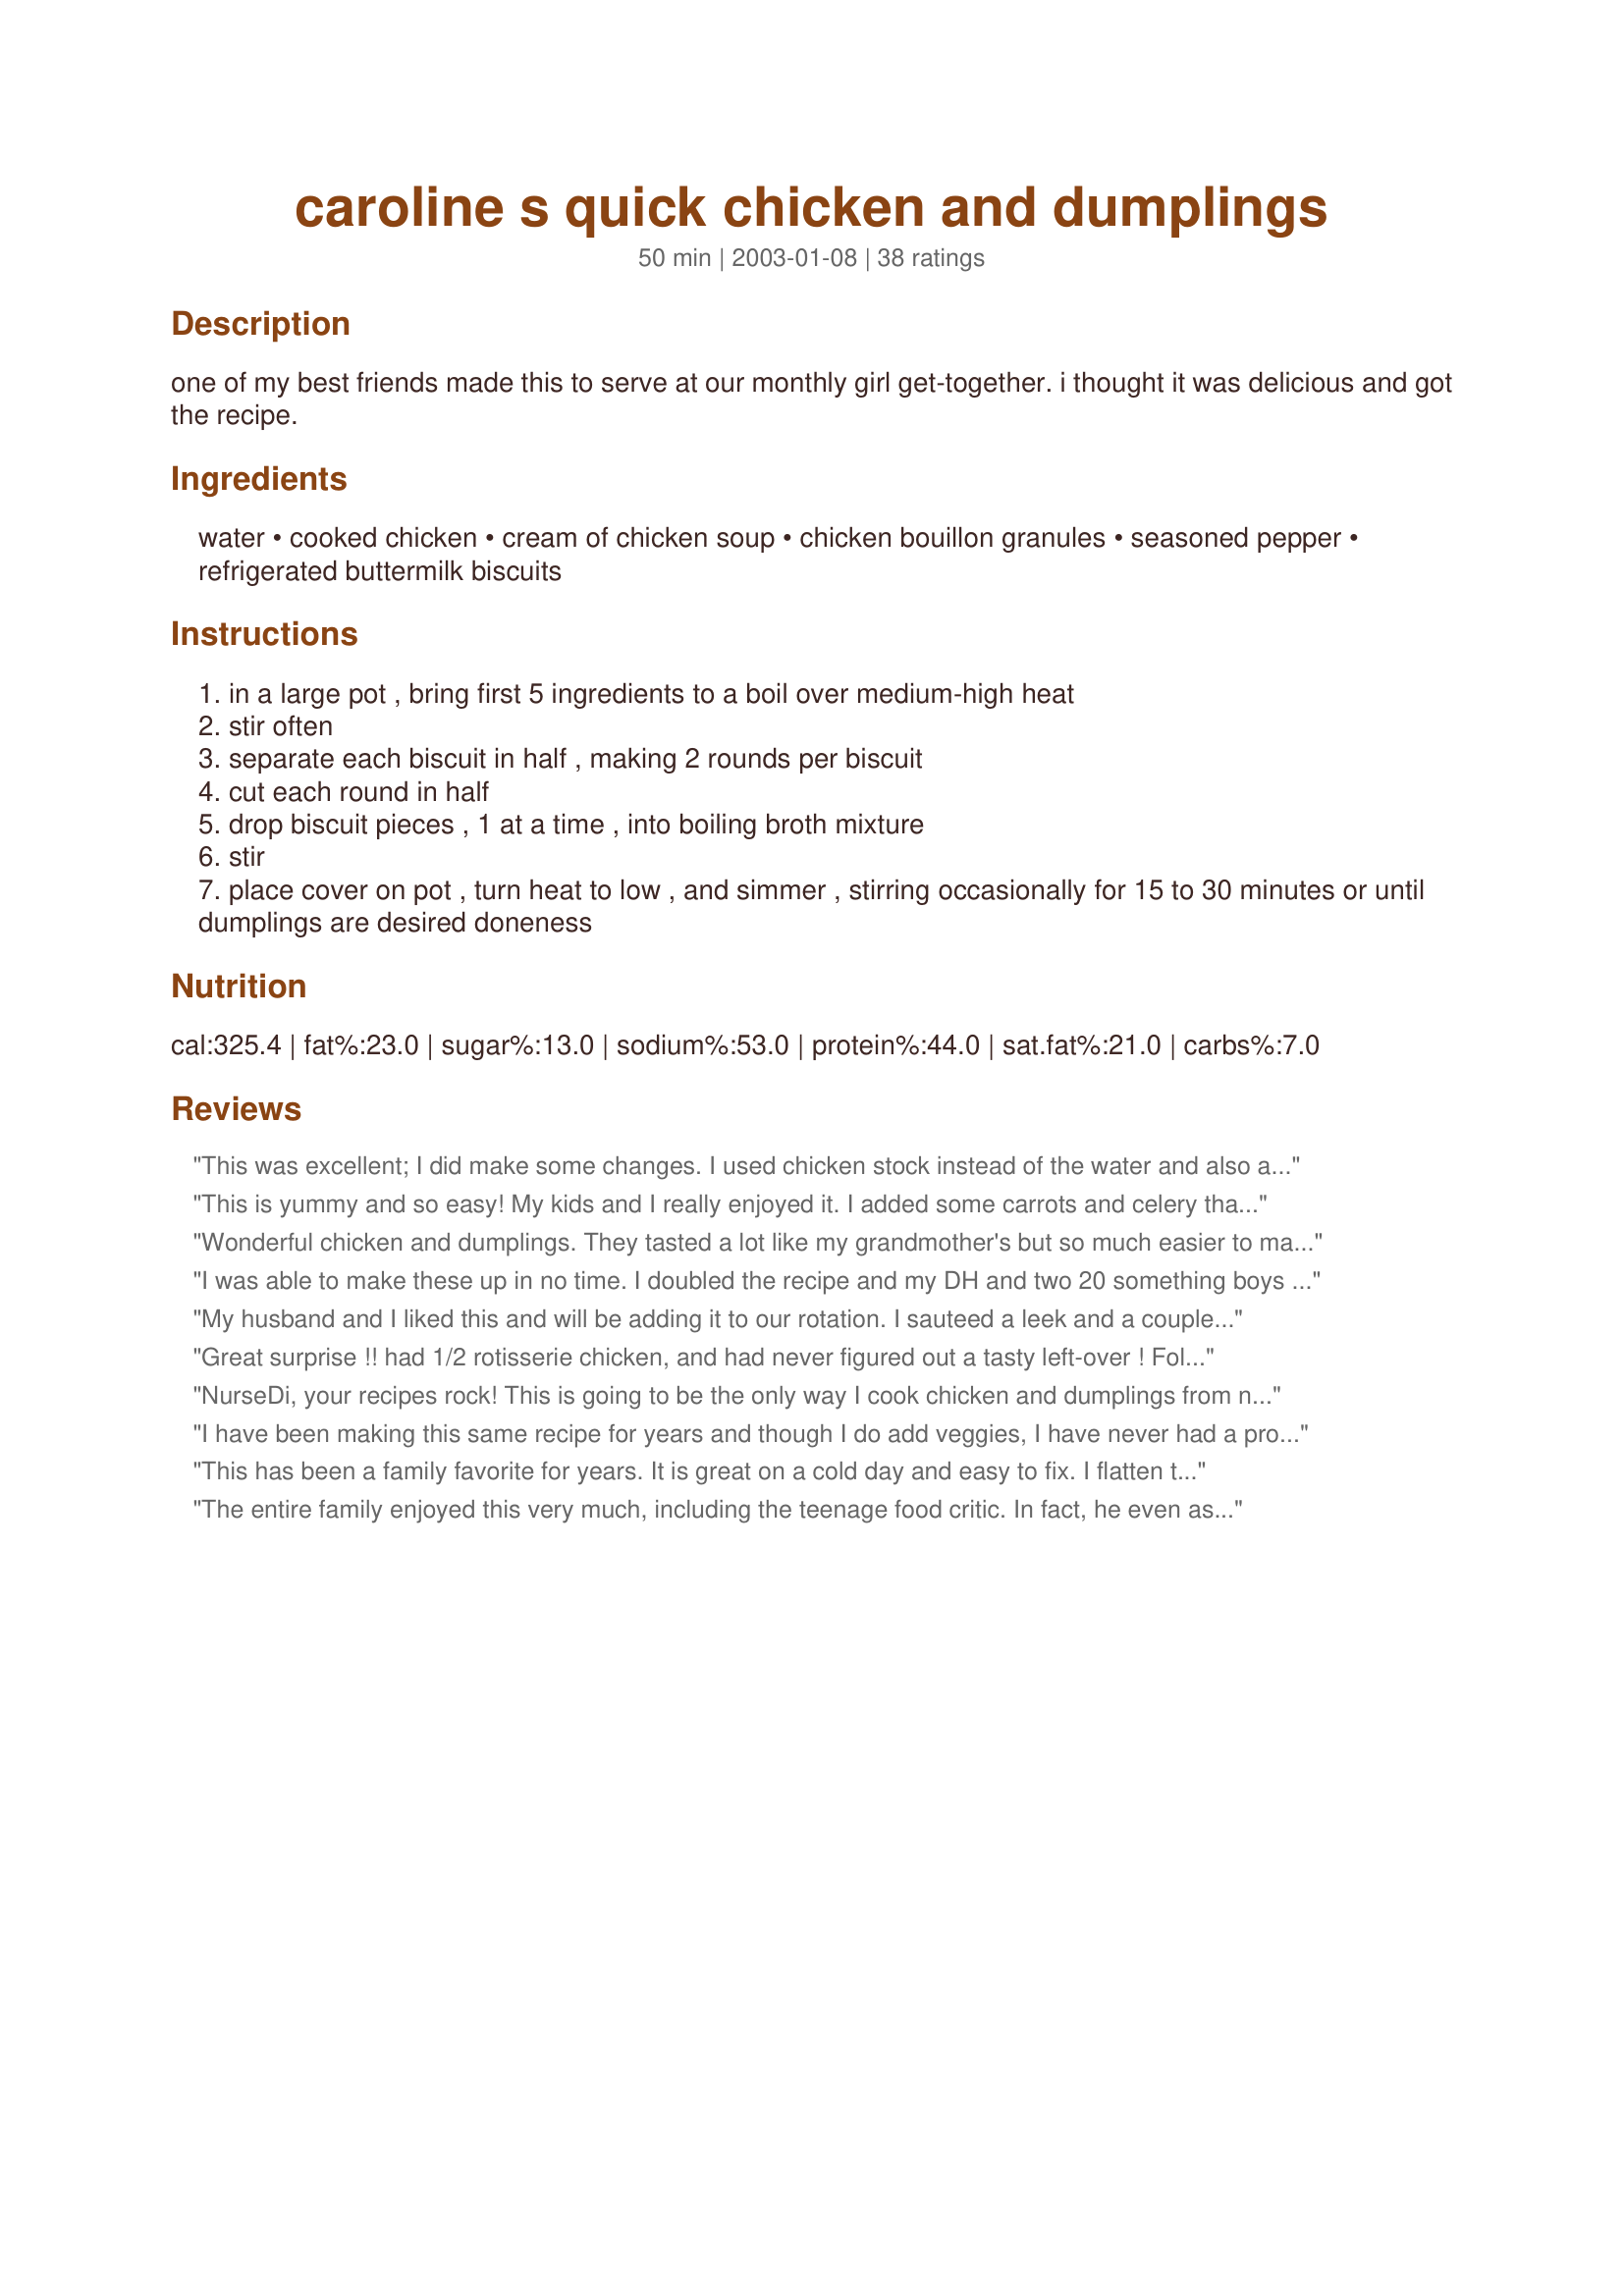
caroline s quick chicken and dumplings
Preparation time: 50 minutes

one of my best friends made this to serve at our monthly girl get-together. i thought it was delicious and got the recipe.

Ingredients:
water, cooked chicken, cream of chicken soup, chicken bouillon granules, seasoned pepper, refrigerated buttermilk biscuits

Steps:
in a large pot , bring first 5 ingredients to a boil over medium-high heat
stir often
separate each biscuit in half , making 2 rounds per biscuit
cut each round in half
drop biscuit pieces , 1 at a time , into boiling broth mixture
stir
place cover on pot , turn heat to low , and simmer , stirring occasionally for 15 to 30 minutes or until dumplings are desired doneness

Reviews:
This was excellent; I did make some changes. I used chicken stock instead of the water and also added peas and carrots.
Quick and easy. Thanks!!
This is yummy and so easy! My kids and I really enjoyed it. I added some carrots and celery that I sliced thinly and steamed a bit. This seems like it should be harder to make, but it isn't! Will make again!
Wonderful chicken and dumplings. They tasted a lot like my grandmother's but so much easier to make. The broth was rich and creamy. I cooked the dumplings more like 45 minutes. Yummy comfort food. My family and I voted 5-stars for this one. Thanks Nurse Di.
I was able to make these up in no time. I doubled the recipe and my DH and two 20 something boys wolfed it all down. I used the broth from cooking the chicken and cut back on the bouilon. The taste is wonderful, thank you for a great short cut.
My husband and I liked this and will be adding it to our rotation. I sauteed a leek and a couple of celery stalks a few minutes in my soup pan before beginning the rest of the directions. I HATE working with chicken, so I used two large cans of precooked canned chicken (Tyson) and used two little 4.5 oz cans of biscuits (and still could've had more). When adding the chicken and biscuit pieces (which I rolled to balls) the soup pot looked SOOO crowded that I freaked out and added more water to it. Don't! We had plenty of soup leftovers...and NO DUMPLINGS LEFTOVER :) Oh well...the soup was still nicely flavored. Will make again! Thanks! BTW, my 18 month old loved the chicken!!
Great surprise !! had 1/2 rotisserie chicken, and had never figured out a tasty left-over ! Followed another reviewer's tip and used chicken broth in place of water, no bouillion, and just the can of chicken soup. Let the biscuits simmer for 20 minutes and off the burner for 10. DH was duly impressed, and I have some yummy comfort food for lunch. Thanks, ratherbeswimmin' !
NurseDi, your recipes rock! This is going to be the only way I cook chicken and dumplings from now on. So simple yet oh so yummy. I did add a few extras in it though to make it even more heartier. I added cubed cooked potatoes, celery and some carrots. I ened up using Pillsbury Grands Buttermilk Biscuits. I flattened them out and lightly dusted them with flour and cut them into 4's and plopped them right into the pot. After cooking for 20 minutes, I turned off the stove and let it sit for about 10 minutes. My end results was a very thick and hearty chicken and dumplings. Thanks again for helping me cook a great dinner.
I have been making this same recipe for years and though I do add veggies, I have never had a problem using the refrigerated biscuit dough. This is our favorite version, thanks for posting!
This has been a family favorite for years. It is great on a cold day and easy to fix. I flatten the biscuits slightly and cut into strips before dropping into the chicken; we think it is easier to eat this way. Great Recipe!
The entire family enjoyed this very much, including the teenage food critic. In fact, he even asked to have it again soon, so that's a rave review indeed! I added some dried garlic and some Italian seasoning in place of the seasoned pepper and I think I'll use a bit less water next time to make a thicker gravy. Thanks for a great recipe.
I ended up adding 1c or so broth because it seemed too thick, but with the cover on steam seemed to thin the sauce further so perhaps it didn't need the addition. Next time I'd put the cover on and leave it on, avoiding stirring the dumplings. I think they'd be lighter and fluffier as mine were BEFORE I stirred them. I added frozen pearl onions and peas.
I thought the soup part of this was awesome. I did add a 1/2 cup white wine, a couple bay leaves and some onion powder. The biscuit dumplings were just okay for me. My husbands family is from the south and I have made their from scratch recipe and it takes so long, so I was hoping for a great short-cut in this and I think I've still found it in the broth and with a rotisserie chicken, but I'll have to make the dumplings from scratch. We're used to super thin dumplings and though these were good, the texture is so different. My husband hasn't come home yet, but I know he'll say they're too thick. Anyway, this is still a glowing review because the flavor of the soup was incredible! Thank you for posting!
Very easy and scrumptious. I shredded the chicken vs. chopping.
This was great! However, the dumplings were not as fluffy as i would've like. But very good nontheless! I'll be keeping this recipe for future reference...
Very easy and tasted great. This will be a regular in our dinner rotation. Excellent family meal.
this is really easy!. i used a roasted chicken from the supermarket and since i have a fetish about using bouillion granules and cubes, i used 4 cups chicken broth. great comfort food.
Perfect on a cold night when you need some quick comfort food. I added an onion, celery and a carrot and started with raw chicken breasts, then shredded the chicken. I've made it both ways and it's delicious either way. This one is saved for many, many more nights! Thanks!
I love this recipe in it's original form, but have adapted it to our tastes to be a little heartier and healthier. We like more dumplings, so I make dumplings with Heart-Healthy Bisquick (equal to about 2 cans of biscuits). There's room even if it doesn't look like it since the dough fluffs up when you first add it, but then condenses after it cooks. I use 1 can cream of chicken and 1 can cream of mushroom - both Healthy Request. I only use 2 cups of chicken. I use 4 cups of low sodium chicken broth. And I add a little garlic powder and paprika along with the original amount of black pepper. Everyone who has ever tried it has loved it, and I don't feel as guilty eating it. Great recipe and easy too.
This was so easy and really delicious! I added green beans, corn, carrots and celery. I also used 1 can of cream of mushroom and 1 can of cream of chicken instead of 2 chicken. I added some other herbs and spices and some cornstarch to thicken it up a little. My fiance and I don't have time to cook since we are in school and this was just perfect. I don't think you can tell the difference between the biscuits and homemade dumplings. Thank you so much for posting!
I absolutely loved this recipe. It was so quick and easy and thick. I cooked the chicken in the 2 1/2 cups water and 1 1/2 cups chicken broth and then just added the rest of the ingredients, and followed directions except for biscuits. I made bisquick biscuits. So good though. Will definitely make it again.
This is how my mom always made chicken and dumplings. They're much easier and taste just as good as the homemade dumplings in most recipes. I've found that pulling the biscuits into tiny pieces tends to make them cook faster, and doesn't effect the taste or texture, unless you want them to be underdone. Otherwise 30 minutes isn't going to do it. And make sure that you stir them regularly. They will stick to the bottom and burn.
This was a good comfort food. When I made this, I used left over baked chicken. Which turned stringgy. I think that next time, I will cook some chicken tenders in the skillet, and dice it up. i also may add some frozen carrots and peas to add some color. But over all this is a quick dinner that we all enjoyed!
My family love it! I like to cut the biscuits into 4 pieces and roll them into little balls. Its a family staple around here.
Wow- awesome, quick recipe! I boiled chicken breasts in some seasonings and used that broth instead of water (so much flavor). I also used 1/2 of a chicken bouillon cube, and substituted one of the cream of chicken cans with cream of mushroom. I feel like the biscuit halves were too big, so next time I'll cut them smaller. My first time making chicken and dumplings and it tastes awesome! Thanks for an awesome recipe!
We all liked this. And it is so simple and quick. I roasted 2 large split breast and added a bag of frozen veggies to it. Will definately make again. Thanks for posting...
I made this with Recipe #1784831, (Quick buttermilk Biscuits). For some reason, when I added the biscuit pieces, they expanded in the beginning but within a few minutes, they shrank down to almost nothing. I did have some gunk on the bottom of my pot, but not much. 
I tried to make the biscuit pieces larger but it didn't help, they also shrank down to almost nothing. 
I ended up freezing all my leftovers in the hopes of "liking them the second time around," or being able to revive them somehow.
Quick, easy, and yummy! This recipe was a snap to throw together and provided a very warm, tasty, comforting meal that my whole family enjoyed...even the two little picky eaters who reject everything I cook!
Perfect for a budding cook (my 14 year old son) to make us for dinner! No veggies made is very kid friendly. All 4 of us scarfed it up. Easy, tasty, & quick. Selected for our boys' meal challenge blog Feb. 20, 2012. www.cookonbrothers.blogspot.com <br/>Thanks for sharing! Served w/a spinach and strawberry salad.
I probably shouldn't give this any stars, as I did change it quite a bit... But I do think it deserves at least 4 stars for speed and ease! To make this taste a little more "homemade", I cup up some onions, carrots and celery in small pieces and sauted them in oil and butter. I also put in a little chopped garlic. Right before the veggies were soft, I cut up 2 large chicken breast halves and sauteed them with the veggies. I then added 2 cups water and 1 can of chicken broth (for a more long-cooked flavor), the 2 cans of cream of chicken soup, 2 bouillion cubes, and ground some fresh pepper over all. I split the buscuits and cut them in half, added them to the boiling broth, and cooked them for 30 minutes. Right before serving I added some frozen baby peas. The result was an "almost" homemade pot of comfort food on a cold and blustery week night. The best part was that it took less than an hour and my DH ate two big bowlfuls! Thanks rather for sharing.
I boiled chicken in the water to cook it and added cream of chicken and cream of mushroom because I only had 1 cream of chicken. Also added carrots,potatoes,onion, dried parsley, dried dillweed. Simmered veggies 10 minutes, added soups and biscuits. Simmered 10 minutes without covered and than 10 minutes with covered (as per pillsbury can). Very good!
This is my favorite short-cut chicken and dumplings recipe. I used a 16 oz can of biscuits and was afraid I would need to add more liquid, but everything turned out fine as is. No leftovers!
Very good chicken & dumplings. It reminds me of my grandmothers. The only problem that I see is that it was a little soggy when reheated, but other than that it was fabulous. Thanks Nurse Di.
Great comfort food. Good to serve on a cold day.
So quick and easy! Never thought dumplings could be a 20 minute dish. The boyfriend loved them! &lt;br/&gt;&lt;br/&gt;I uploaded a picture, if the coloring looks a little different than the others, it&#039;s because I chose to substitute beef stock instead of water, just as personal preference. It blended great, and made the broth super rich (maybe a con to some, but we love rich broth). &lt;br/&gt;&lt;br/&gt; I also added a little flour to thicken it up. When I make dumplings from scratch, I always end up with thick broth, as loose flour tends to fall off the dumplings and thicken the surrounding broth. The added flour mimicked this &quot;from scratch&quot; effect, and the boyfriend was none the wiser.&lt;br/&gt;&lt;br/&gt;&lt;br/&gt;I&#039;m still loyal to my grandma&#039;s backwoods Kentucky dumplings, but they&#039;re so time consuming. Honestly, who can afford to spend an entire day cooking dinner? Because of this, I&#039;ve pretty much eliminated dumplings from my day to day menu, but this recipe provided the perfect solution. The shortcut was delicious, and far more practical than conventional dumplings. I&#039;ll definitely be making them again.
My daughter, whose since moved out, was craving Chicken and Dumplings. She's not a cook at all and so I figured I'd find her an easy recipe at Food.com. I've read all the reviews on this one and decided to send her this recipe and she said it tasted so good. Because of that, I wanted to try it for myself; I made this tonight and I have to say, it was definitely EASY and DEEELISH! I had to thicken it up a bit because it was a bit watery for me, but other than that, my family loved it!! Thank you for sharing and kudos on the idea of using "canned biscuits"; who would've known?
This recipe is amazing!!!!!! SO easy and simple to make. DH had never had chicken and dumplings before and he loved them! I grew up with my grandmother's chicken and dumplings from scratch, but this recipe was just as good! The perfect end to a snowy day! I did add a few frozen veggies to get them in somehow and it was still delicious! I will be adding this recipe to my collection! THANK YOU!
This is a quick way to make chicken and dumplings! It's a little creamier than I normally like them, I maybe would do 1 can of soup next time. Thanks for posting!
so easy and quick. Mine needed to be a little thicker. Great meal for a cool fall day.
